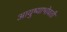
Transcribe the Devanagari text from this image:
आयुष्याभोवती